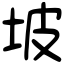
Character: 坡